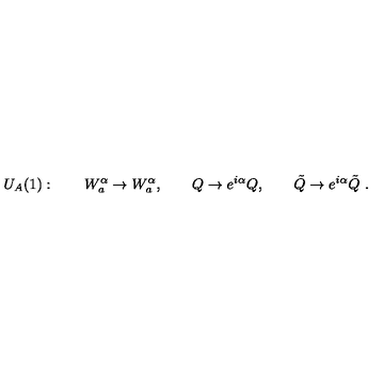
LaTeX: U _ { A } ( 1 ) : \qquad W _ { a } ^ { \alpha } \rightarrow W _ { a } ^ { \alpha } , \qquad Q \rightarrow e ^ { i \alpha } Q , \qquad \tilde { Q } \rightarrow e ^ { i \alpha } \tilde { Q } \ .